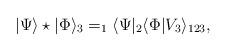
LaTeX: \begin{align*}|\Psi\rangle\star |\Phi\rangle_3= _1\langle\Psi|_2\langle \Phi|V_3\rangle _{123}, \end{align*}